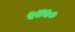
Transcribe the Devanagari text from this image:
५४७०